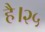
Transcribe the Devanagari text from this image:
है।२५